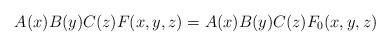
LaTeX: \begin{align*}A(x)B(y)C(z)F(x,y,z) = A(x)B(y)C(z)F_0(x,y,z)\end{align*}